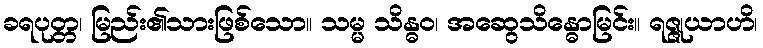
ခရပုတ္တ၊ မြည်း၏သားဖြစ်သော။ သမ္မ သိန္ဓဝ၊ အဆွေသိန္ဓောမြင်း။ ရဇ္ဇုယာဟိ၊